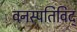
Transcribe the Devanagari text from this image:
वनस्पतिविद्